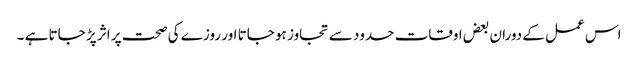
اس عمل کے دوران بعض اوقات حدود سے تجاوز ہو جاتا اور روزے کی صحت پر اثر پڑ جاتا ہے ۔